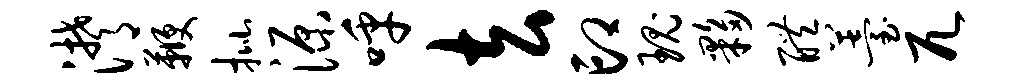
潸鞭批源呼去印瑰夥醴薹兀